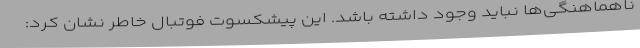
ناهماهنگی‌ها نباید وجود داشته باشد. این پیشکسوت فوتبال خاطر نشان کرد: